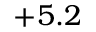
+ 5 . 2